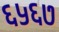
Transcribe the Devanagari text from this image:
६५६७